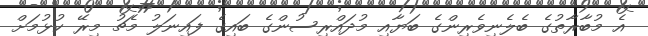
އެ މުބާރާތުގެ ބެލެނިވެރިންގެ ބަޔާއި މުދައްރިސުންގެ ބައިގެ ފައިނަލު މެޗު މިރޭ ކުޅުމަށް